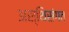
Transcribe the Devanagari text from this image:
अस्थिसंगत